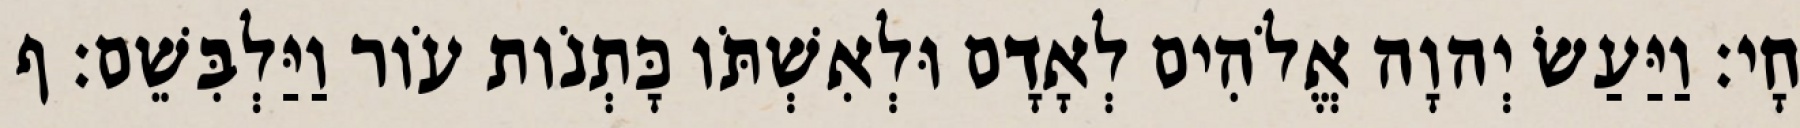
חָי׃ וַיַּעַשׂ יְהוָה אֱלֹהִים לְאָדָם וּלְאִשְׁתֹּו כָּתְנֹות עֹור וַיַּלְבִּשֵׁם׃ ף